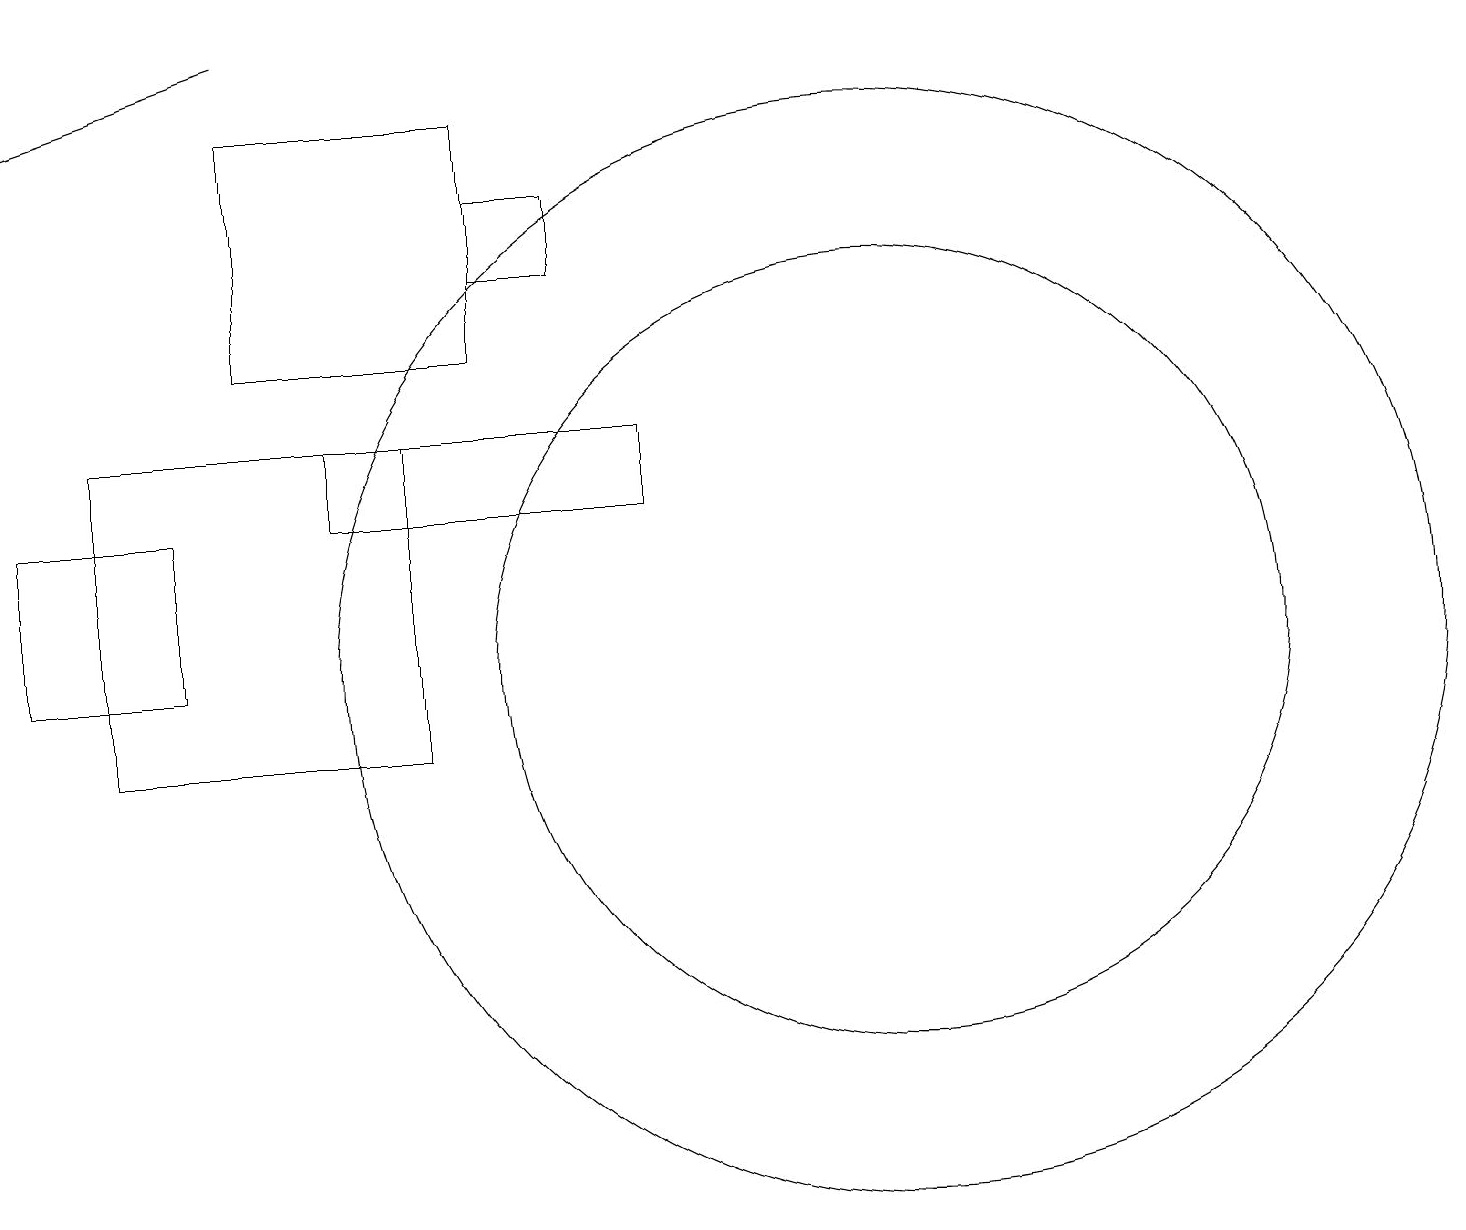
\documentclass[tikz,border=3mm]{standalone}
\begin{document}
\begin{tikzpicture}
\draw (6,18) rectangle (3,15);
\draw (6,17) rectangle (7,16);
\draw (0,11) rectangle (2,13);
\draw (11,11) circle (7);
\draw (1,14) rectangle (5,10);
\draw (11,11) circle (5);
\draw[->] (3,19) -- (0,18);
\draw (8,14) rectangle (4,13);
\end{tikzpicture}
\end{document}